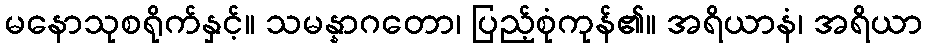
မနောသုစရိုက်နှင့်။ သမန္နာဂတော၊ ပြည့်စုံကုန်၏။ အရိယာနံ၊ အရိယာ